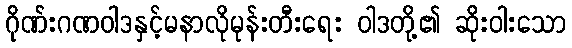
ဂိုဏ်းဂဏဝါဒနှင့်မနာလိုမုန်းတီးရေး ဝါဒတို့၏ ဆိုးဝါးသော